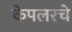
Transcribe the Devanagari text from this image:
केपलरचे